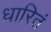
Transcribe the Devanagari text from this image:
धारितं